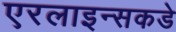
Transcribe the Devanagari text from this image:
एरलाइन्सकडे